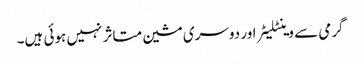
گرمی سے وینٹلیٹر اور دوسری مشین متاثر نہیں ہوئی ہیں۔